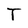
Character: T